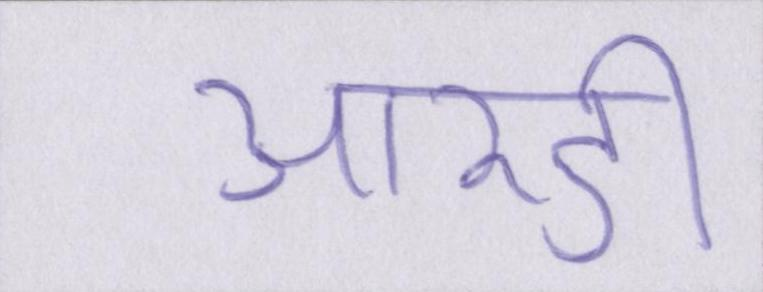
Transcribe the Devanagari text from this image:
आरडी